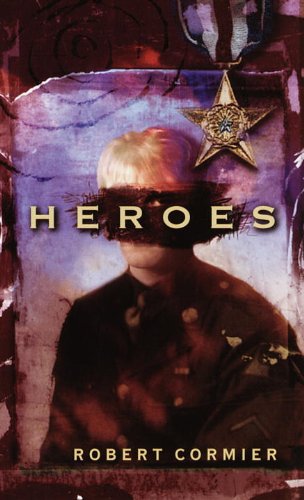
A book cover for Heroes; Robert Cormier; Teen & Young Adult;